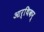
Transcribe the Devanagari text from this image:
आर्थिकर्